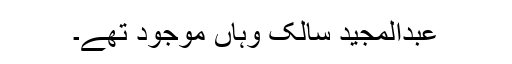
عبدالمجید سالک وہاں موجود تھے۔